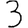
Digit: 3